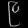
Digit: ၉